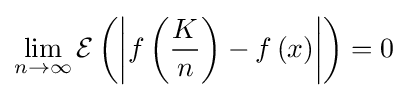
\lim _{n\to \infty }{\operatorname {\mathcal {E}} \left(\left|f\left({\frac {K}{n}}\right)-f\left(x\right)\right|\right)}=0